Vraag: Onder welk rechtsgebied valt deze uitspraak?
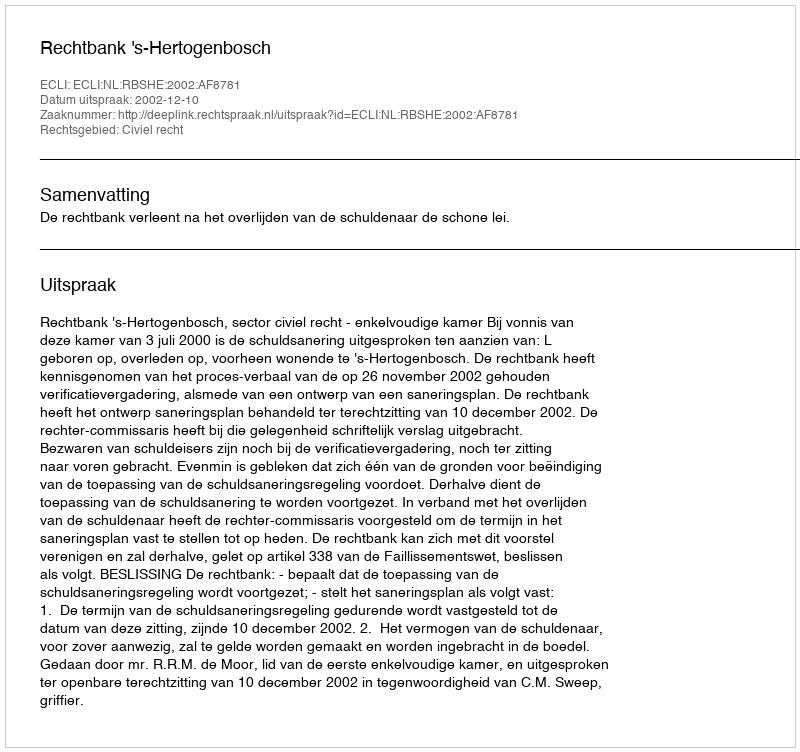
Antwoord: Civiel recht